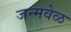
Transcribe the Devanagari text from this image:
जन्मवेळ